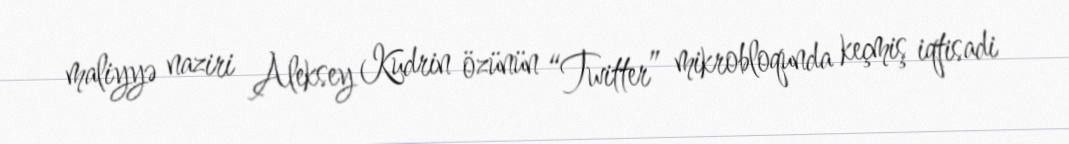
maliyyə naziri Aleksey Kudrin özünün “Twitter” mikrobloqunda keçmiş iqtisadi